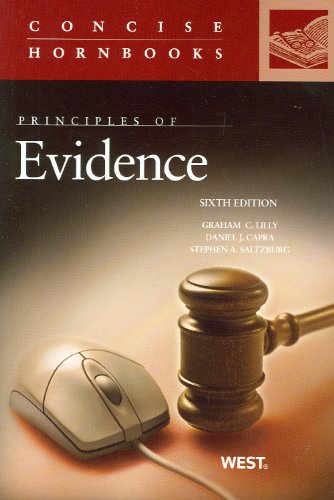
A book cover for Principles of Evidence (Concise Hornbook Series); Graham Lilly; Law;